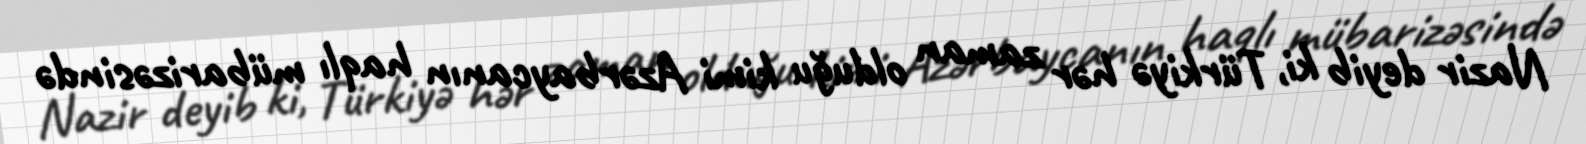
Nazir deyib ki, Türkiyə hər zaman olduğu kimi Azərbaycanın haqlı mübarizəsində